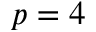
p = 4